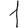
Digit: 1